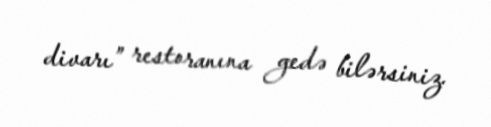
divarı” restoranına gedə bilərsiniz.